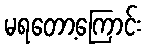
မရတော့ကြောင်း